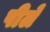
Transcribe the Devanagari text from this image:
पीलें